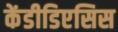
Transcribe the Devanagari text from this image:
केंडीडिएसिस